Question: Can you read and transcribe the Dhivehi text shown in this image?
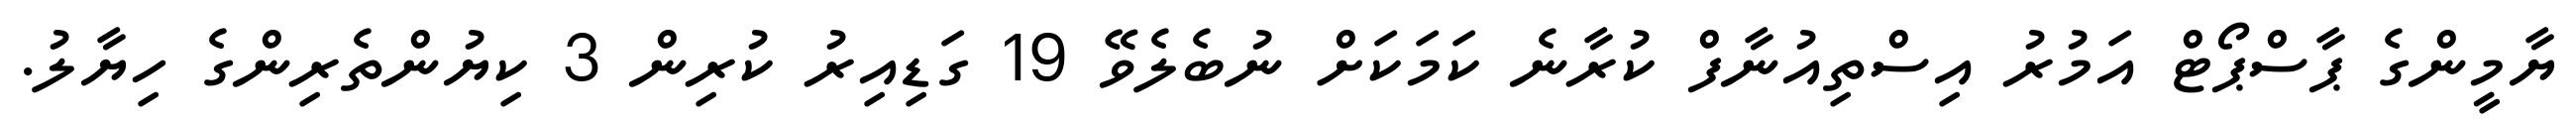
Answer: ޔާމީންގެ ޕާސްޕޯޓް އަމުރު އިސްތިއުނާފް ކުރާނެ ކަމަކަށް ނުބެލެވޭ 19 ގަޑިއިރު ކުރިން 3 ކިޔުންތެރިންގެ ހިޔާލު.